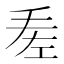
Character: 𢀠